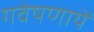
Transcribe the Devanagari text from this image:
गवेषणायें